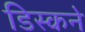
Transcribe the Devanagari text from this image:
डिस्कने